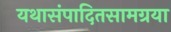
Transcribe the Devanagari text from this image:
यथासंपादितसामग्रया